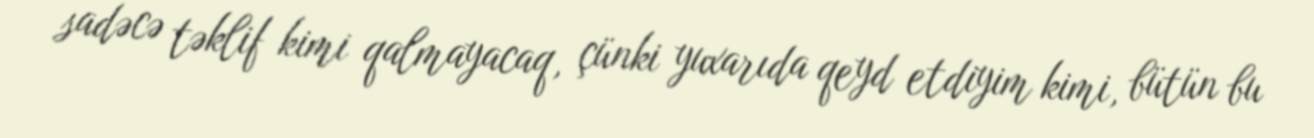
sadəcə təklif kimi qalmayacaq, çünki yuxarıda qeyd etdiyim kimi, bütün bu